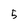
Character: 5